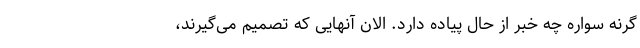
گرنه سواره چه خبر از حال پیاده دارد. الان آنهایی که تصمیم می‌گیرند،